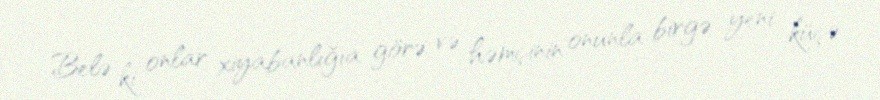
Belə ki onlar xiyabanlığıa görə və həmçinin onunla birgə yeni küçə